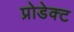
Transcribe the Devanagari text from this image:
प्रोडेक्ट